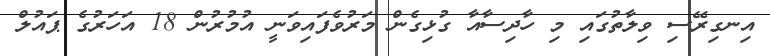
އިނގިރޭސި ވިލާތުގައި މި ހާދިސާއާ ގުޅިގެން މަރުވެފައިވަނީ އުމުރުން 18 އަހަރުގެ ޕައުލް